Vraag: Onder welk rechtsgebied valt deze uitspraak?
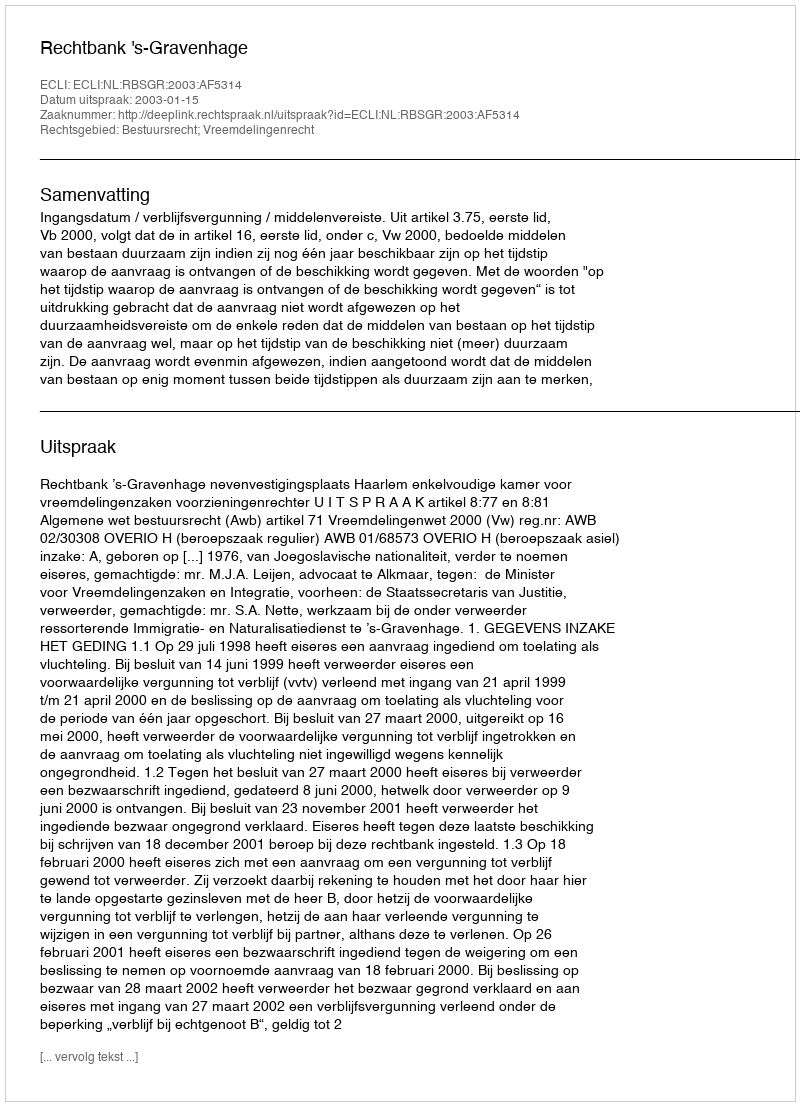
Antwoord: Bestuursrecht; Vreemdelingenrecht